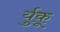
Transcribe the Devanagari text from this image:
र्युकू